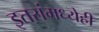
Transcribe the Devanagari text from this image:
इतरांमध्येही